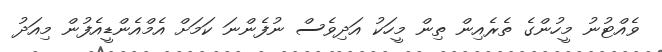
ވެއްޓުނު މީހުންގެ ތެރެއިން ތިން މީހަކު އަދިވެސް ނުފެންނަ ކަމަށް އެމްއެންޑީއެފުން މިއަދު